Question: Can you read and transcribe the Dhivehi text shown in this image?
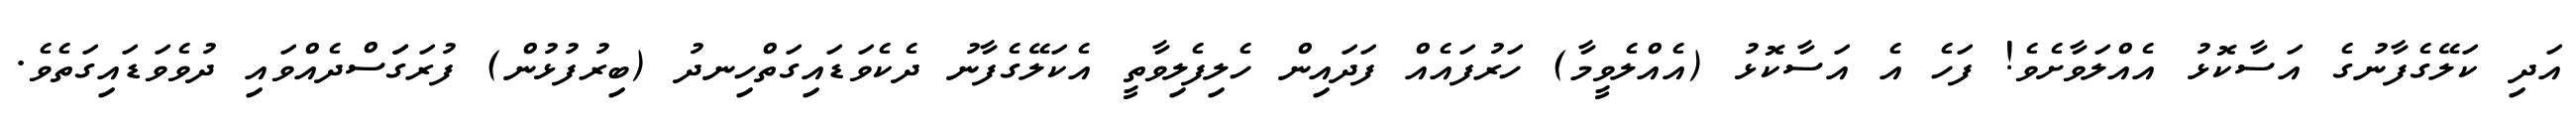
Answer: އަދި ކަލޭގެފާނުގެ އަސާކޮޅު އެއްލަވާށެވެ! ފަހެ އެ އަސާކޮޅު (އެއްލެވީމާ) ހަރުފައެއް ފަދައިން ހެލިފެލިވާތީ އެކަލޭގެފާނު ދެކެވަޑައިގަތްހިނދު (ބިރުފުޅުން) ފުރަގަަސްދެއްވައި ދުވެވަޑައިގަތެވެ.